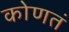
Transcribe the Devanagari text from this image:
कोणतं